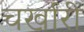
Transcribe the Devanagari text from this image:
चर्खारी